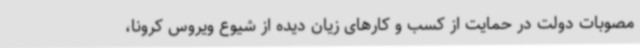
مصوبات دولت در حمایت از کسب و کارهای زیان دیده از شیوع ویروس کرونا،